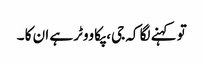
تو کہنے لگا کہ جی، پکا ووٹر ہے ان کا ۔